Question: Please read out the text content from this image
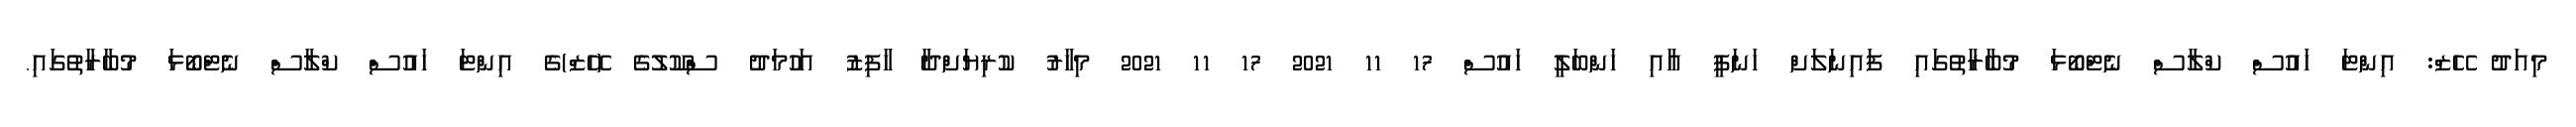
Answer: މިއަދު ހޭޒް: އިންޓަ ހައުސް ކްލާސް ނެޓްބޯޅަ މުބާރާތުގައި ފައިނަލަށް ހަނަފީ އާއި ހަންބަލީ ހައުސް 17 11 2021 17 11 2021 މިހާރު ކުރިޔަށްދާ ހާފިޒު އަހުމަދު ސްކޫލުގެ (ހޭޒް)ގެ އިންޓަ ހައުސް ކްލާސް ނެޓްބޯޅަ މުބާރާތުގައި.